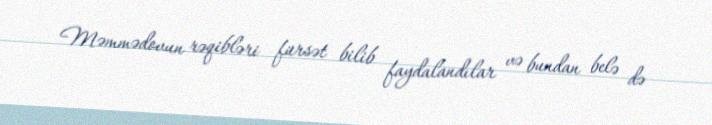
Məmmədovun rəqibləri fürsət bilib faydalandılar və bundan belə də